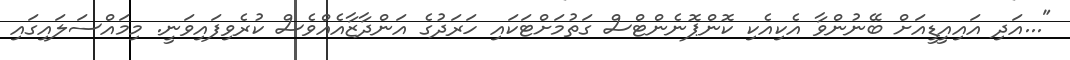
"...އަދި އައިއީޑީއަށް ބޭނުންވާ އެކިއެކި ކޮންޕޮނެންޓްސް ގަތުމަށްޓަކައި ހަރަދުގެ އަންދާޒާއެއްވެސް ކުރެވިފައިވަނީ. މިމައްސަލައިގައި